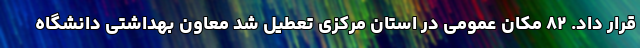
قرار داد. ۸۲ مکان عمومی در استان مرکزی تعطیل شد معاون بهداشتی دانشگاه